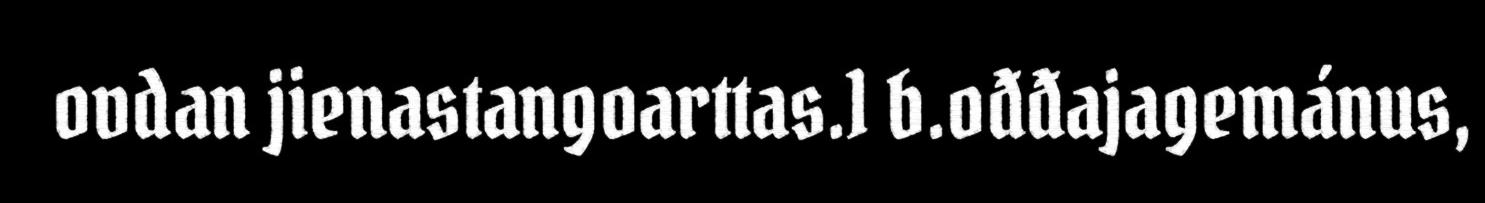
ovdan jienastangoarttas.1 b.ođđajagemánus,